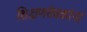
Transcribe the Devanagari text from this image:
शिक्षणसेवकांना